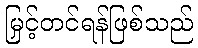
မြှင့်တင်ရန်ဖြစ်သည်